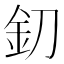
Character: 釖